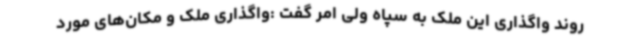
روند واگذاری این ملک به سپاه ولی امر گفت :واگذاری ملک و مکان‌های مورد